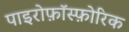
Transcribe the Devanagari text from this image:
पाइरोफ़ॉस्फ़ोरिक